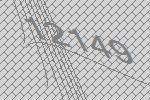
12149